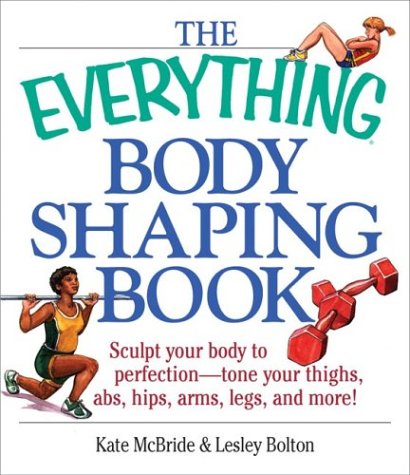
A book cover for The Everything Body Shaping Book: Sculpt Your Body to Perfection-Tone Your Thighs, ABS, Hips, Arms, Legs, and More! (Everything (Sports & Fitness)); Kate McBride; Health, Fitness & Dieting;